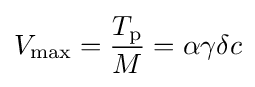
V_{\text{max}}={\frac {T_{\text{p}}}{M}}=\alpha \gamma \delta c